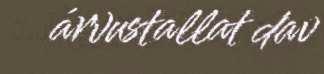
árvustallat dav